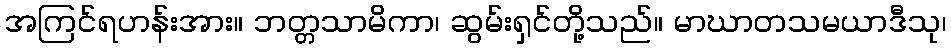
အကြင်ရဟန်းအား။ ဘတ္တသာမိကာ၊ ဆွမ်းရှင်တို့သည်။ မာဃာတသမယာဒီသု၊